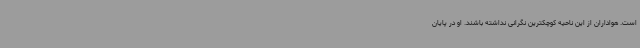
است. هواداران از این ناحیه کوچکترین نگرانی نداشته باشند. او در پایان